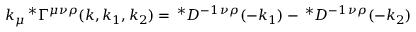
k _ { \mu } \, ^ { \ast } \Gamma ^ { \mu \nu \rho } ( k , k _ { 1 } , k _ { 2 } ) = \, ^ { \ast } { \cal D } ^ { - 1 \, \nu \rho } ( - k _ { 1 } ) - \, ^ { \ast } { \cal D } ^ { - 1 \, \nu \rho } ( - k _ { 2 } )